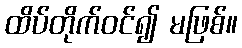
ထိပ်တိုက်ဝင်၍ မဖြစ်။